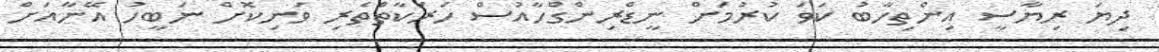
ދިޔަ ރިޔާސީ އިންތިހާބު ކަވަ ކުރުމަށް ނީޑްރިންގްހާއުސް ހަރަކާތްތެރި ވަނިކޮށް ނަބީހު އޭނާއަށް